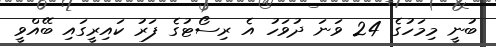
ބުނީ މިމަހުގެ 24 ވަނަ ދުވަހު އެ ރިސޯޓުގެ ފަރު ކައިރީގައި ބޭއްވީ